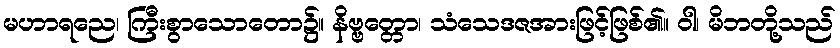
မဟာရညေ၊ ကြီးစွာသောတော၌။ နိဗ္ဗတ္တော၊ သံသေဒဇအားဖြင့်ဖြစ်၏။ ဝါ၊ မိဘတို့သည်